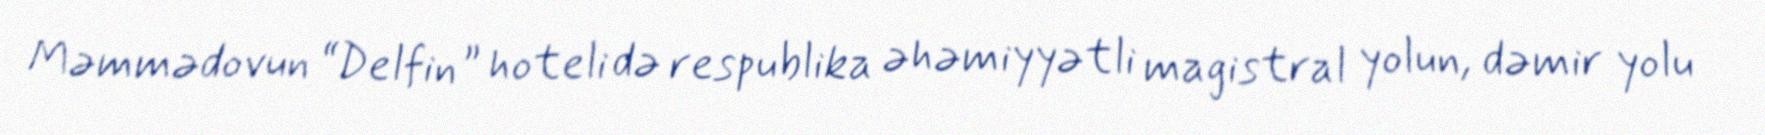
Məmmədovun “Delfin” hoteli də respublika əhəmiyyətli magistral yolun, dəmir yolu